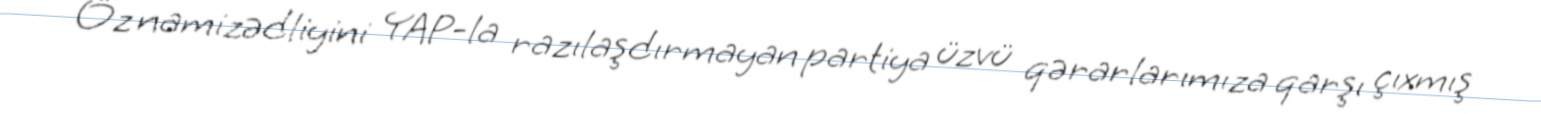
Öz namizədliyini YAP-la razılaşdırmayan partiya üzvü qərarlarımıza qarşı çıxmış